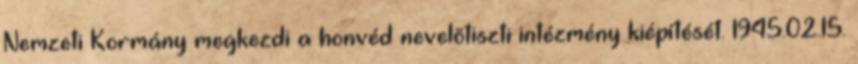
Nemzeti Kormány megkezdi a honvéd nevelõtiszti intézmény kiépítését. 1945.02.15.